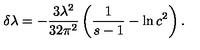
\delta \lambda = - \frac { 3 \lambda ^ { 2 } } { 3 2 \pi ^ { 2 } } \left( { \frac { 1 } { s - 1 } } - \ln c ^ { 2 } \right) .